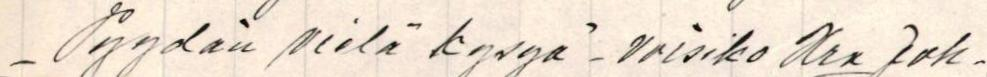
_Pyydän vielä kysyä _ Voisiko Hra Joh-